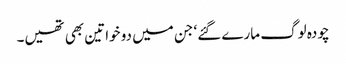
چودہ لوگ مارے گئے‘ جن میں دو خواتین بھی تھیں۔